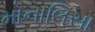
મોનાલિસા